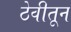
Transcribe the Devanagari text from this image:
ठेवीतून